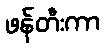
ဖန်တီးကာ